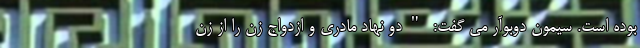
بوده است. سیمون دوبوآر می گفت: "دو نهاد مادری و ازدواج زن را از زن